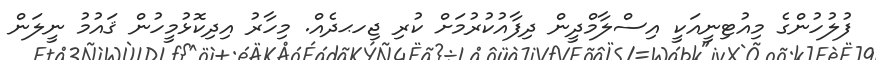
ފުލުހުންގެ މިއުޓިނީއަކީ އިސްލާމްދީން ދިފާއުކުރުމަށް ކުރި ޖިހޙދެއް. މިހާރު އިދިކޮޅުމީހުން ޤައުމު ނީލަން